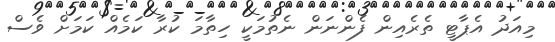
މިއަދު އެޕާޓީ ތެރެއިން ފެންނަން ނެތުމަކީ ހިތާމަ ކުރާ ކަމެއް ކަމަށް ވެސް